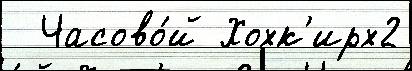
  Часово́й Хохк'ирх2